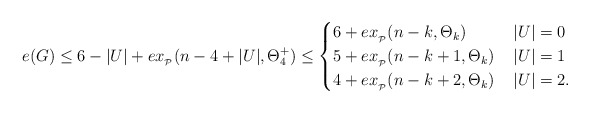
\begin{align*}e(G)\le 6-|U|+ex_{_\mathcal{P}}(n-4+|U|,\Theta_4^+) \le \begin{cases} 6 +ex_{_\mathcal{P}}(n-k,\Theta_k)& \, |U|=0 \\5+ex_{_\mathcal{P}}(n-k+1,\Theta_k) & \, |U|=1 \\4 +ex_{_\mathcal{P}}(n-k+2,\Theta_k)& \,|U|=2.\\ \end{cases} \medskip\end{align*}